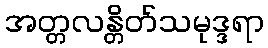
အတ္တလန္တိတ်သမုဒ္ဒရာ